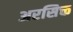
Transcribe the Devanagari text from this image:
अरसिक्त